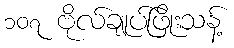
၁၀၇ ဗိုလ်ချုပ်ဖြိုးသန့်